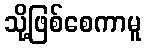
သို့ဖြစ်စေကာမူ